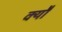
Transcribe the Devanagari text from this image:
क्यौ